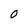
Character: O